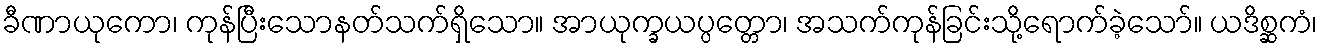
ခီဏာယုကော၊ ကုန်ပြီးသောနတ်သက်ရှိသော။ အာယုက္ခယပ္ပတ္တော၊ အသက်ကုန်ခြင်းသို့ရောက်ခဲ့သော်။ ယဒိစ္ဆကံ၊